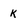
Character: k